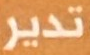
تدير